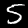
Digit: 5